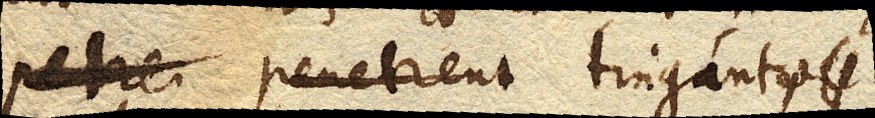
tingantur pervadant tingantque.